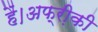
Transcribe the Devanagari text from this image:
हैं।अफ्री़की